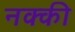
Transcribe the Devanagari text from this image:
नक्‍की